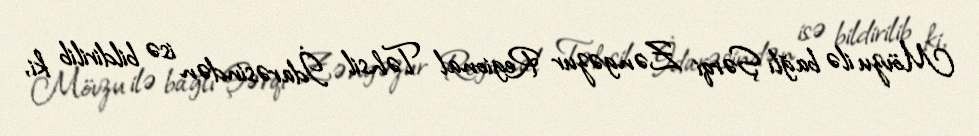
Mövzu ilə bağlı Şərqi Zəngəzur Regional Təhsil İdarəsindən isə bildirilib ki,